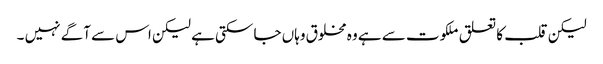
لیکن قلب کا تعلق ملکوت سے ہے وہ مخلوق وہاں جا سکتی ہے لیکن اس سے آگے نہیں ۔